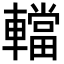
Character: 𨎴